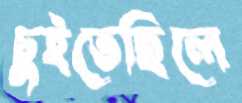
চুইতেছিলে